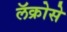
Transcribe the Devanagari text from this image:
लॅक्रोसे